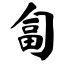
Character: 匐